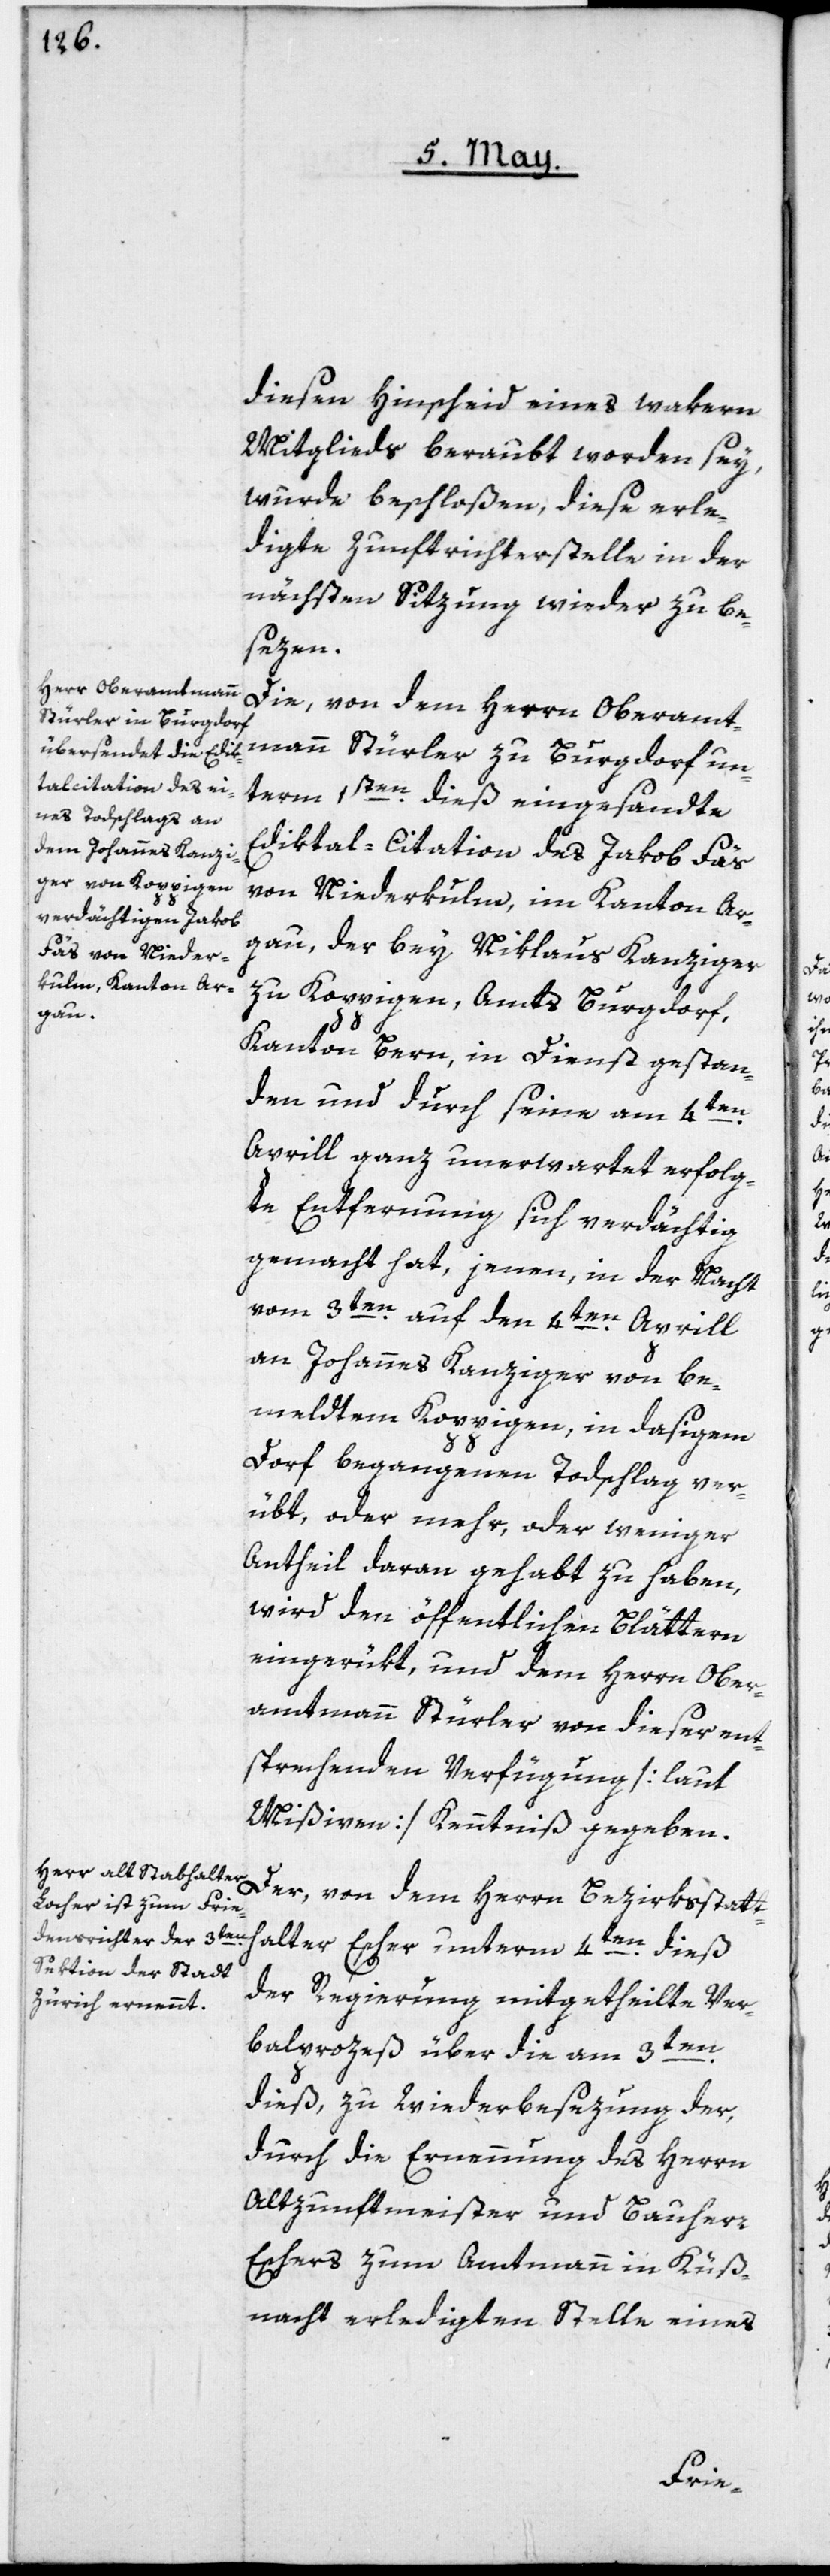
diesen Hinscheid eines wakern
Mitglieds beraubt worden sey,
wurde beschloßen, diese erle¬
digte Zunftrichterstelle in der
nächsten Sizung wieder zu be¬
sezen.
Die, von dem Herrn Oberamt¬
mann Stürler zu Burgdorf un¬
term 1sten dieß eingesandte
Ediktal-Citation des Jakob Fäs
von Niederkulm, im Kanton Ar¬
gau, der bey Niklaus Kanziger
zu Koppigen, Amts Burgdorf,
Kanton Bern, in Dienst gestan¬
den und durch seine am 4ten
Aprill ganz unerwartet erfolg¬
te Entfernung sich verdächtig
gemacht hat, jenen, in der Nacht
vom 3ten auf den 4ten Aprill
an Johannes Kanziger von be¬
meldten Koppigen, in dasigem
Dorf begangenen Todschlag ver¬
übt, oder mehr, oder weniger
Antheil daran gehabt zu haben,
wird den öffentlichen Blättern
eingerükt, und dem Herrn Ober¬
amtmann Stürler von dieser ent¬
sprechenden Verfügung [laut
Mißiven] Kenntniß gegeben.
Der, von dem Herrn Bezirksstatt¬
halter Escher unterm 4ten dieß
der Regierung mitgetheilte Ver¬
balprozeß über die am 3ten
dieß, zu Wiederbesezung der,
durch die Ernennung des Herrn
Altzunftmeister und Bauherr
Eschers zum Amtmann in Küß¬
nacht erledigten Stelle eines